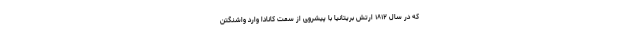
که در سال ۱۸۱۲ ارتش بریتانیا با پیشروی از سمت کانادا وارد واشنگتن